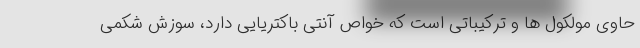
حاوی مولکول‌ ها و ترکیباتی است که خواص آنتی باکتریایی دارد، سوزش شکمی